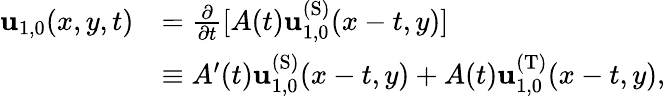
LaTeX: \begin{array}{rl}{\mathbf{u}_{1,0}(x,y,t)}&{=\frac{\partial}{\partial t}[A(t)\mathbf{u}_{1,0}^{\mathrm{(S)}}(x-t,y)]}\\ &{\equiv A^{\prime}(t)\mathbf{u}_{1,0}^{\mathrm{(S)}}(x-t,y)+A(t)\mathbf{u}_{1,0}^{\mathrm{(T)}}(x-t,y),}\end{array}